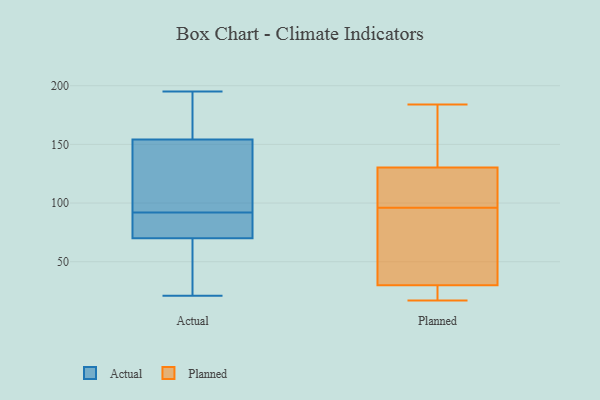
{"axis": {"x": "Operating Costs (USD K)", "y": "Value"}, "legend": ["Actual", "Planned"], "data": [{"x": "", "y": 21, "type": "Actual"}, {"x": "", "y": 70, "type": "Actual"}, {"x": "", "y": 70, "type": "Actual"}, {"x": "", "y": 78, "type": "Actual"}, {"x": "", "y": 97, "type": "Actual"}, {"x": "", "y": 62, "type": "Actual"}, {"x": "", "y": 184, "type": "Actual"}, {"x": "", "y": 23, "type": "Actual"}, {"x": "", "y": 195, "type": "Actual"}, {"x": "", "y": 51, "type": "Actual"}, {"x": "", "y": 84, "type": "Actual"}, {"x": "", "y": 92, "type": "Actual"}, {"x": "", "y": 72, "type": "Actual"}, {"x": "", "y": 164, "type": "Actual"}, {"x": "", "y": 101, "type": "Actual"}, {"x": "", "y": 162, "type": "Actual"}, {"x": "", "y": 131, "type": "Actual"}, {"x": "", "y": 127, "type": "Actual"}, {"x": "", "y": 170, "type": "Actual"}, {"x": "", "y": 96, "type": "Planned"}, {"x": "", "y": 30, "type": "Planned"}, {"x": "", "y": 96, "type": "Planned"}, {"x": "", "y": 99, "type": "Planned"}, {"x": "", "y": 17, "type": "Planned"}, {"x": "", "y": 30, "type": "Planned"}, {"x": "", "y": 150, "type": "Planned"}, {"x": "", "y": 139, "type": "Planned"}, {"x": "", "y": 107, "type": "Planned"}, {"x": "", "y": 18, "type": "Planned"}, {"x": "", "y": 22, "type": "Planned"}, {"x": "", "y": 138, "type": "Planned"}, {"x": "", "y": 35, "type": "Planned"}, {"x": "", "y": 184, "type": "Planned"}, {"x": "", "y": 65, "type": "Planned"}]}